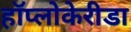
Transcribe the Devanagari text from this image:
हॉप्लोकेरीडा